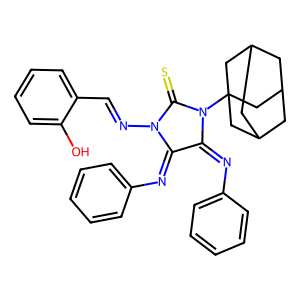
SMILES: Oc1ccccc1C=NN1C(=S)N(C23CC4CC(CC(C4)C2)C3)C(=Nc2ccccc2)C1=Nc1ccccc1
Inhibits HIV replication: No